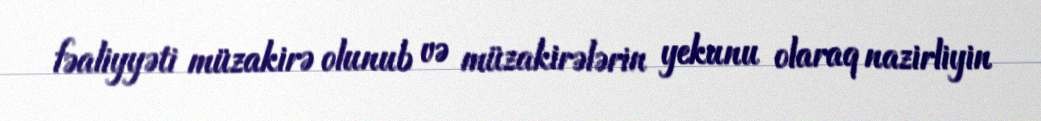
fəaliyyəti müzakirə olunub və müzakirələrin yekunu olaraq nazirliyin